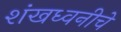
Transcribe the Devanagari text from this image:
शंखध्वनीचे